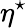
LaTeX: \eta^{\star}